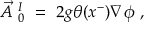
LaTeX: \vec { A } ~ _ { 0 } ^ { I } ~ = ~ 2 g \theta ( x ^ { - } ) \nabla \phi ~ ,